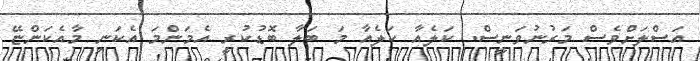
އަސްލަށްވެސް މަރުނުވަނީސް. ކަލެއާ ކަލެއާ މަ ބަލާ ބޮޑުކުރީ އެމަންމަ އެކަނި މާއެކަންޏޭ